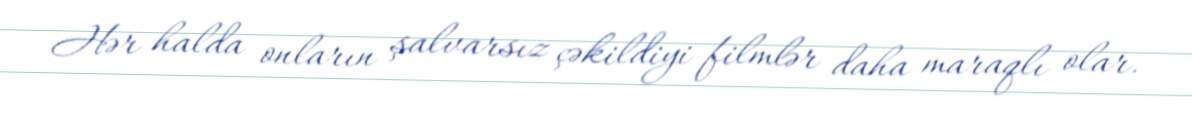
Hər halda onların şalvarsız çəkildiyi filmlər daha maraqlı olar.